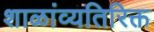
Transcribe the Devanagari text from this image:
शाळांव्यतिरिक्त